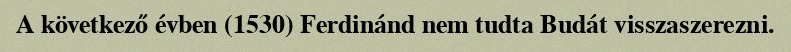
A következő évben (1530) Ferdinánd nem tudta Budát visszaszerezni.